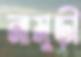
নামুড়ী